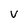
Character: V